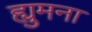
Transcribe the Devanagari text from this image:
ह्युमना